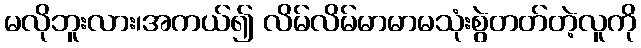
မလိုဘူးလား၊အကယ်၍ လိမ်လိမ်မာမာမသုံးစွဲတတ်တဲ့လူကို